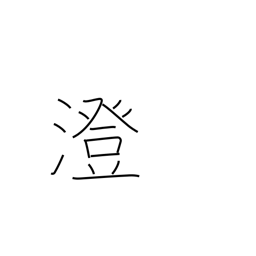
Meaning: strain